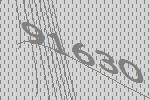
91630